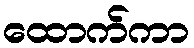
ထောက်ကာ